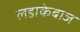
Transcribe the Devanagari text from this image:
लडाकेबाज